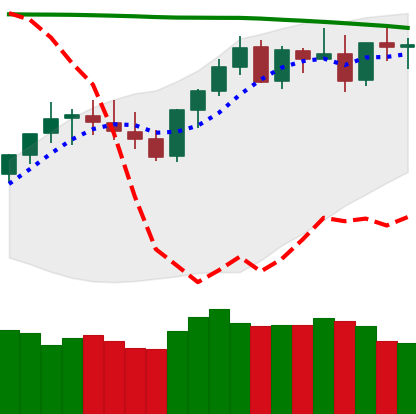
Ticker: XMR-USD
Chart end date: 2021-08-15
Forward return: 3.566%
Label: up_3_5